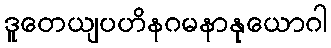
ဒူတေယျပဟိနဂမနာနုယောဂါ